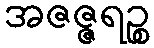
အဇဇ္ဇရဉ္စ